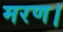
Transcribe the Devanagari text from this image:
मरण।